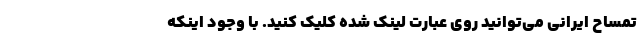
تمساح ایرانی می‌توانید روی عبارت لینک شده کلیک کنید. با وجود اینکه